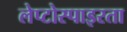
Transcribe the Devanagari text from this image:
लेप्टोस्पाइरता